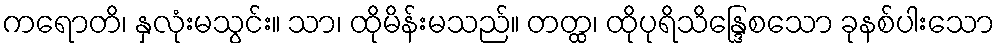
ကရောတိ၊ နှလုံးမသွင်း။ သာ၊ ထိုမိန်းမသည်။ တတ္ထ၊ ထိုပုရိသိန္ဒြေစသော ခုနစ်ပါးသော